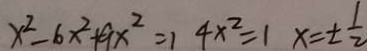
x ^ { 2 } - 6 x ^ { 2 } + 9 x ^ { 2 } = 1 4 x ^ { 2 } = 1 x = \pm \frac { 1 } { 2 }